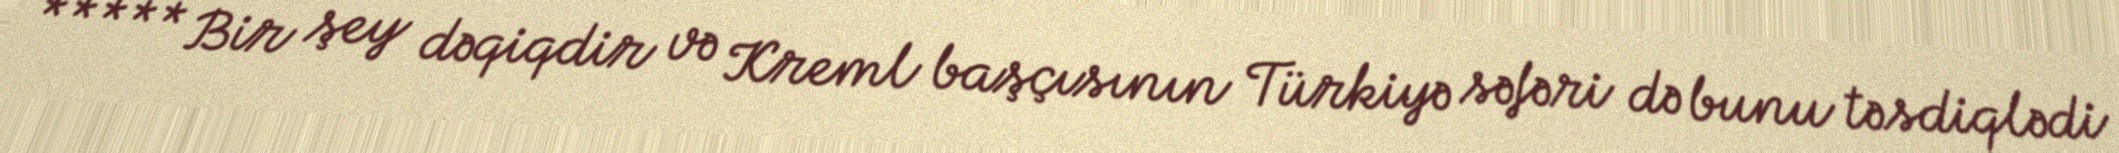
***** Bir şey dəqiqdir və Kreml başçısının Türkiyə səfəri də bunu təsdiqlədi